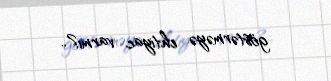
göstərməyə ehtiyac varmı?..